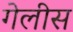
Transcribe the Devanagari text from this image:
गेलीस